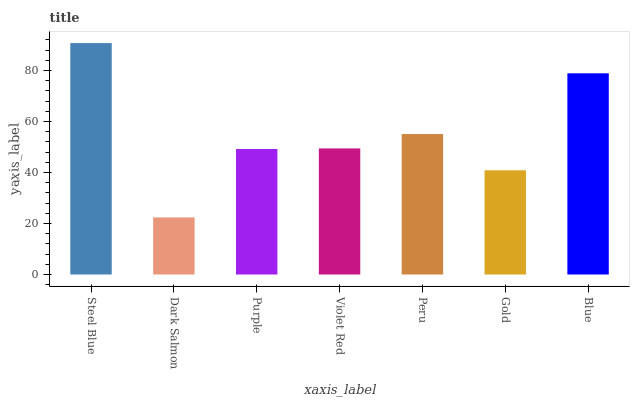
| xaxis_label | bars |
 | --- | --- |
 | Steel Blue | 90.8 |
 | Dark Salmon | 22.4 |
 | Purple | 49.2 |
 | Violet Red | 49.5 |
 | Peru | 55.1 |
 | Gold | 40.9 |
 | Blue | 78.9 |